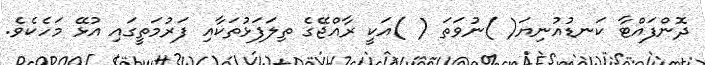
ދޮންފައްޓާ ކަނޑުއުނިޔަ( )ނުވަތަ ( )އަކީ ރާއްޖޭގެ ތިލަފަޅުތަކާއި ފަރުމަތީގައި އުޅޭ މަހެކެވެ.